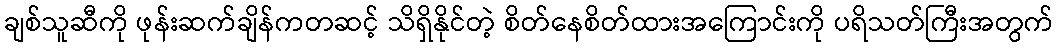
ချစ်သူဆီကို ဖုန်းဆက်ချိန်ကတဆင့် သိရှိနိုင်တဲ့ စိတ်နေစိတ်ထားအကြောင်းကို ပရိသတ်ကြီးအတွက်